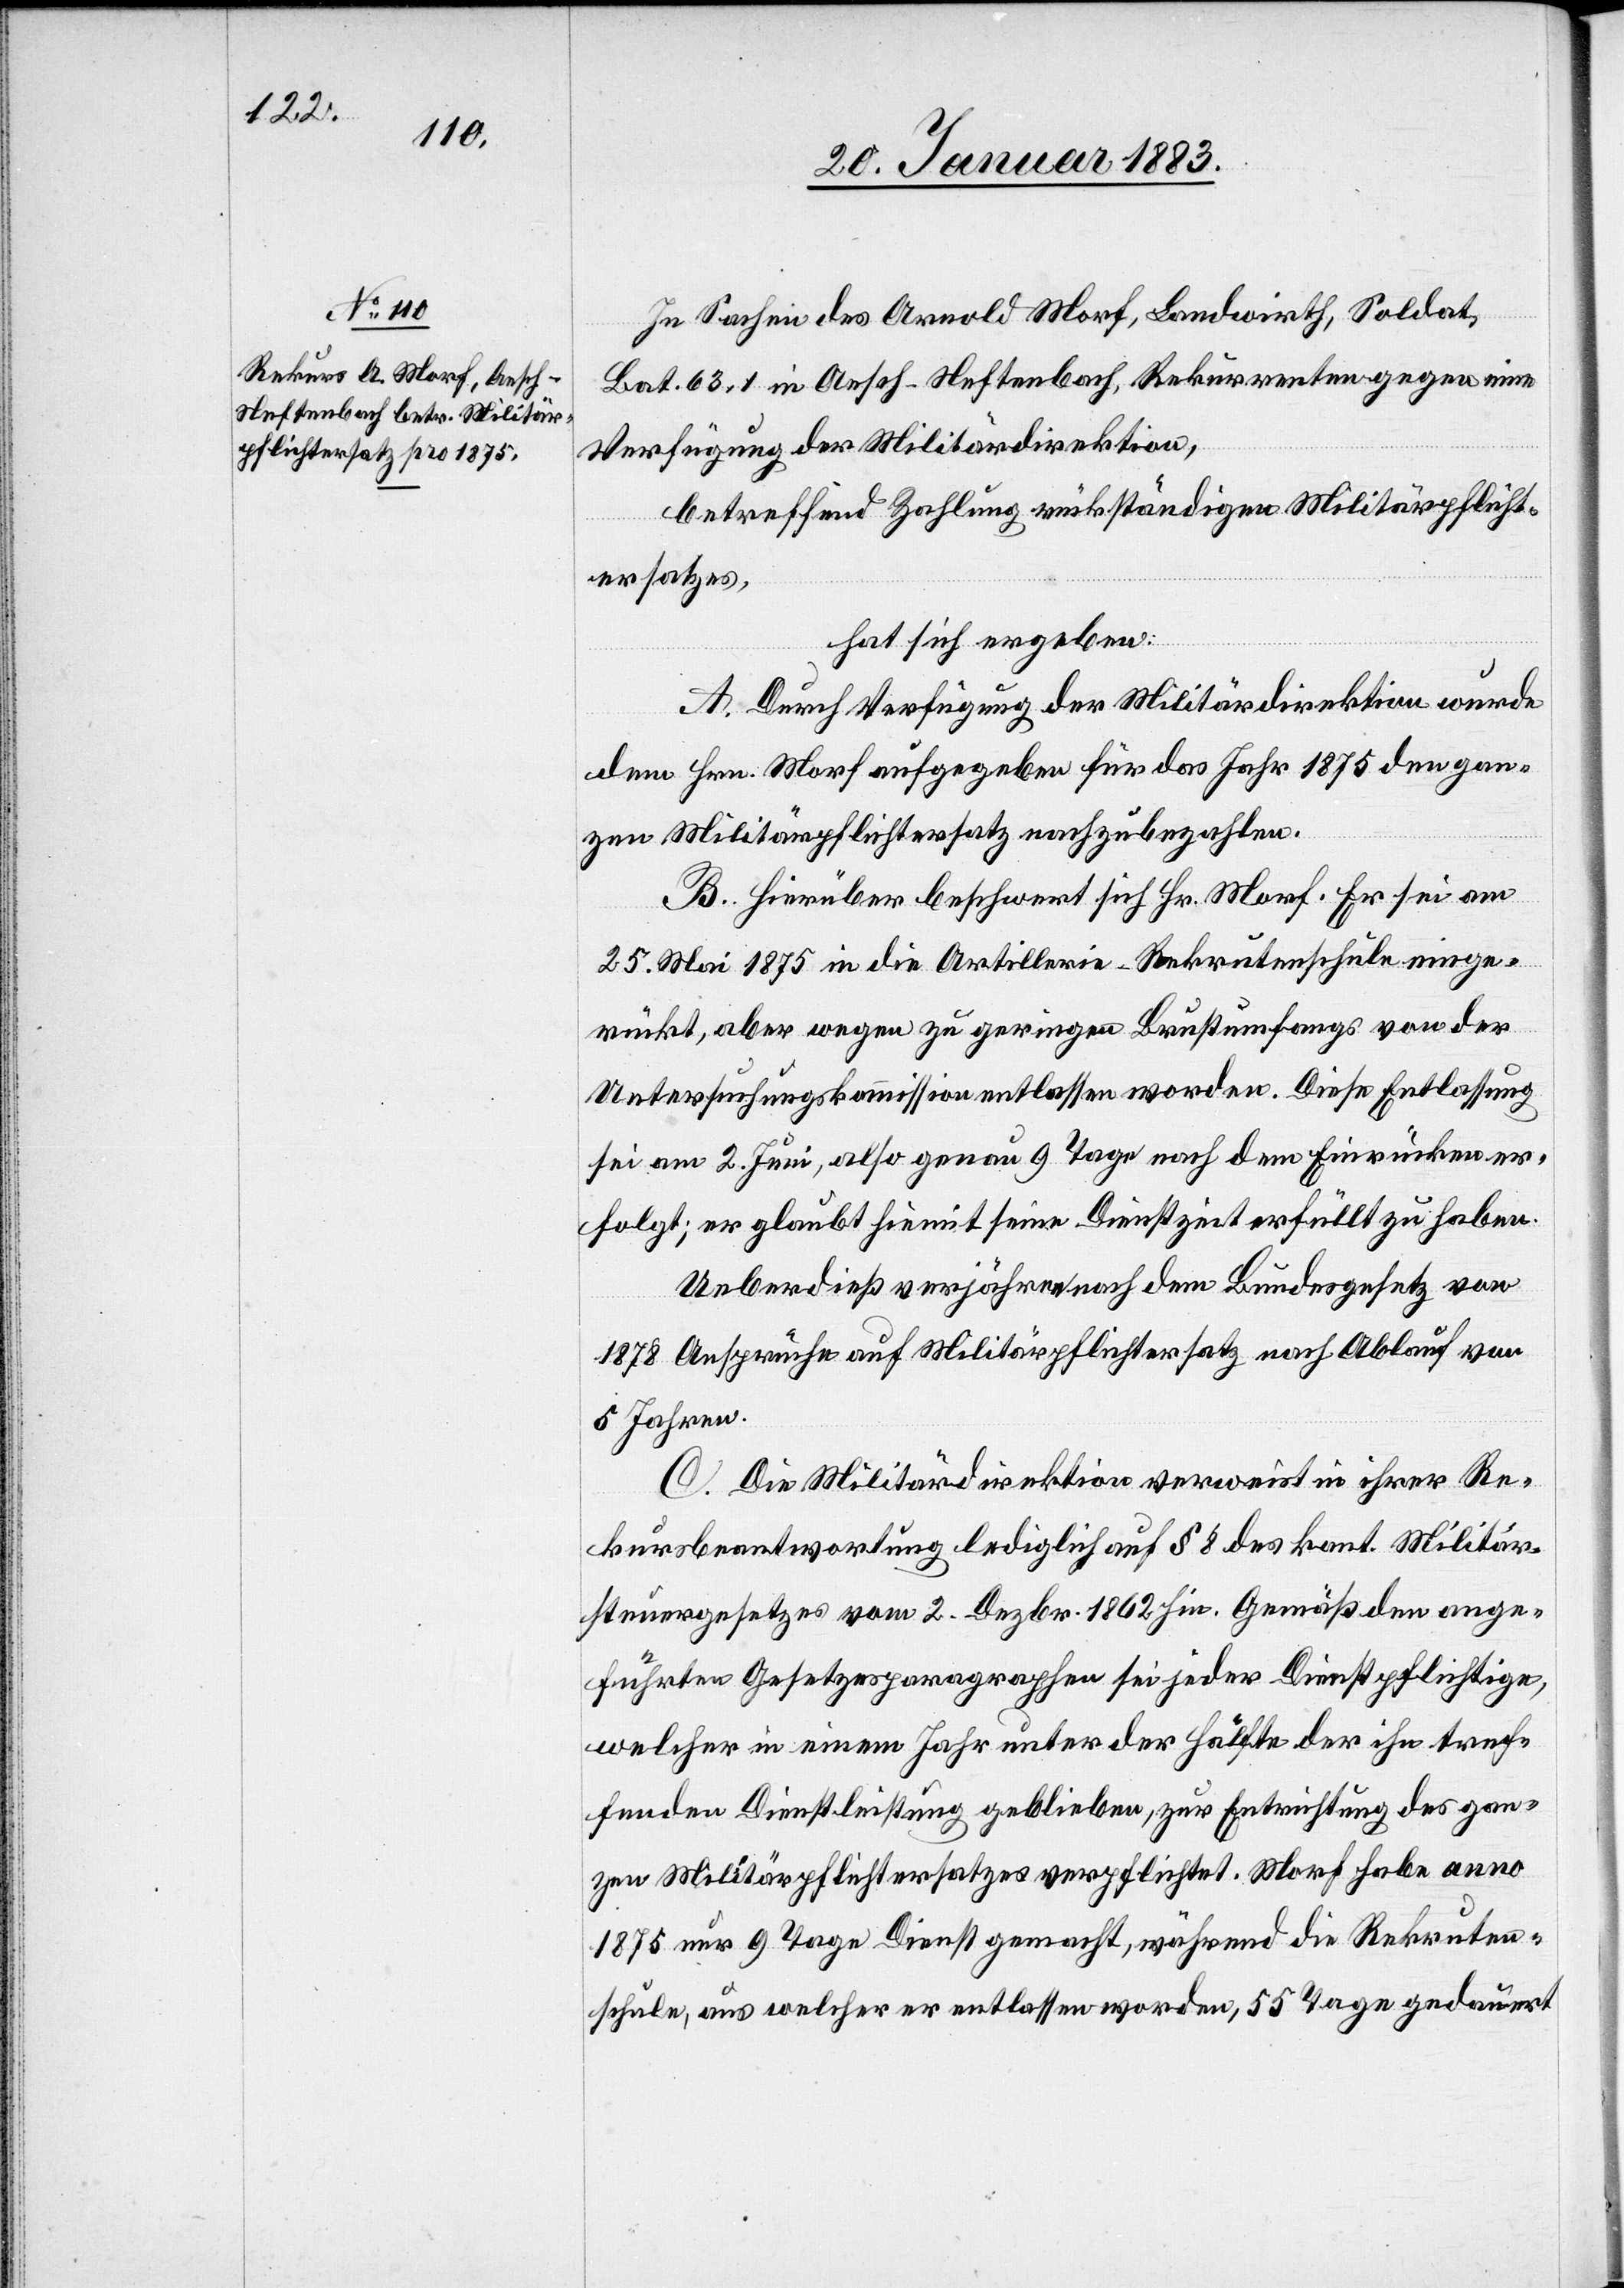
In Sachen des Arnold Morf, Landwirth, Soldat
Bat. 63, 1 in Aesch - Neftenbach, Rekurrenten gegen eine
Verfügung der Militärdirektion,
betreffend Zahlung rückständigen Militärpflicht¬
ersatzes,
hat sich ergeben:
A. Durch Verfügung der Militärdirektion wurde
dem Hrn. Morf aufgegeben für das Jahr 1875 gen gan¬
zen Militärpflichtersatz nachzubezahlen.
B. Hierüber beschwert sich Hr. Morf. Er sei am
25. Mai 1875 in die Artillerie-Rekrutenschule einge¬
rückt, aber wegen zu geringen Brustumfangs von der
Untersuchungskommission entlassen worden. Diese Entlassung
sei am 2. Juni, also genau 9 Tage nach dem Einrücken er¬
folgt; er glaubt hiemit seine Dienstzeit erfüllt zu haben.
Überdieß verjähren nach dem Bundesgesetz von
1878 Ansprüche auf Militärpflichtersatz nach Ablauf von
5 Jahren.
C. Die Militärdirektion verweist in ihrer Re¬
kursbeantwortung lediglich auf § 8 des kant. Militär¬
steuergesetzes vom 2. Dezbr. 1862 hin. Gemäß den ange¬
führten Gesetzesparagraphen sei jeder Dienstpflichtige,
welcher in einem Jahr unter der Hälfte der ihn tref¬
fenden Dienstleistung geblieben, zur Entrichtung des gan¬
zen Militärpflichtersatzes verpflichtet. Morf habe anno
1875 nur 9 Tage Dienst gemacht, während die Rekruten¬
schule, aus welcher er entlassen worden, 55 Tage gedauert